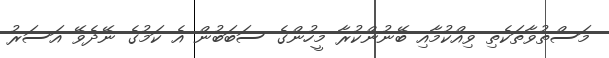
މަސްތުވާތަކެތި ވިއްކުމާއި ބޭނުންކުރާ މީހުންގެ ސަބަބުން އެ ކަމުގެ ނޭދެވޭ އަސަރު